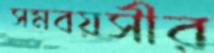
সমবয়সীর